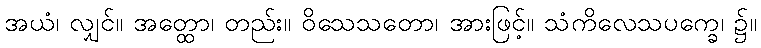
အယံ၊ လျှင်။ အတ္ထော၊ တည်း။ ဝိသေသတော၊ အားဖြင့်။ သံကိလေသပက္ခေ၊ ၌။